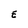
Character: E